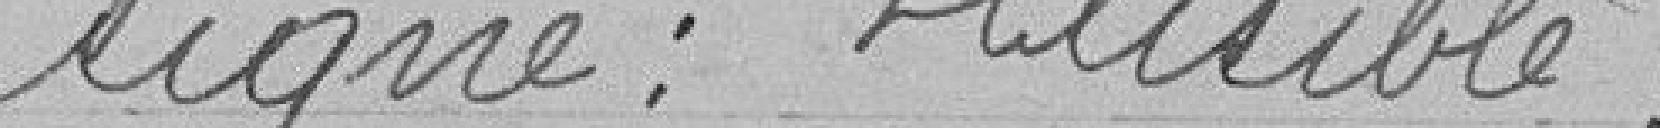
signé: Illisible